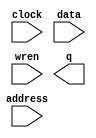
// megafunction wizard: %RAM: 1-PORT%VBB%
// GENERATION: STANDARD
// VERSION: WM1.0
// MODULE: altsyncram 

// ============================================================
// Megafunction Name(s):
// 			altsyncram
//
// Simulation Library Files(s):
// 			altera_mf
// ============================================================
// ************************************************************
// THIS IS A WIZARD-GENERATED FILE. DO NOT EDIT THIS FILE!
//
// 8.1 Build 163 10/28/2008 SJ Web Edition
// ************************************************************

//Copyright (C) 1991-2008 Altera Corporation
//Your use of Altera Corporation's design tools, logic functions 
//and other software and tools, and its AMPP partner logic 
//functions, and any output files from any of the foregoing 
//(including device programming or simulation files), and any 
//associated documentation or information are expressly subject 
//to the terms and conditions of the Altera Program License 
//Subscription Agreement, Altera MegaCore Function License 
//Agreement, or other applicable license agreement, including, 
//without limitation, that your use is for the sole purpose of 
//programming logic devices manufactured by Altera and sold by 
//Altera or its authorized distributors.  Please refer to the 
//applicable agreement for further details.

module data_memory_aangemaakt (
	address,
	clock,
	data,
	wren,
	q);

	input	[7:0]  address;
	input	  clock;
	input	[63:0]  data;
	input	  wren;
	output	[63:0]  q;

endmodule

// ============================================================
// CNX file retrieval info
// ============================================================
// Retrieval info: PRIVATE: ADDRESSSTALL_A NUMERIC "0"
// Retrieval info: PRIVATE: AclrAddr NUMERIC "0"
// Retrieval info: PRIVATE: AclrByte NUMERIC "0"
// Retrieval info: PRIVATE: AclrData NUMERIC "0"
// Retrieval info: PRIVATE: AclrOutput NUMERIC "0"
// Retrieval info: PRIVATE: BYTE_ENABLE NUMERIC "0"
// Retrieval info: PRIVATE: BYTE_SIZE NUMERIC "8"
// Retrieval info: PRIVATE: BlankMemory NUMERIC "0"
// Retrieval info: PRIVATE: CLOCK_ENABLE_INPUT_A NUMERIC "0"
// Retrieval info: PRIVATE: CLOCK_ENABLE_OUTPUT_A NUMERIC "0"
// Retrieval info: PRIVATE: Clken NUMERIC "0"
// Retrieval info: PRIVATE: DataBusSeparated NUMERIC "1"
// Retrieval info: PRIVATE: IMPLEMENT_IN_LES NUMERIC "0"
// Retrieval info: PRIVATE: INIT_FILE_LAYOUT STRING "PORT_A"
// Retrieval info: PRIVATE: INIT_TO_SIM_X NUMERIC "0"
// Retrieval info: PRIVATE: INTENDED_DEVICE_FAMILY STRING "Cyclone II"
// Retrieval info: PRIVATE: JTAG_ENABLED NUMERIC "1"
// Retrieval info: PRIVATE: JTAG_ID STRING "DATA"
// Retrieval info: PRIVATE: MAXIMUM_DEPTH NUMERIC "0"
// Retrieval info: PRIVATE: MIFfilename STRING "data.mif"
// Retrieval info: PRIVATE: NUMWORDS_A NUMERIC "256"
// Retrieval info: PRIVATE: RAM_BLOCK_TYPE NUMERIC "0"
// Retrieval info: PRIVATE: READ_DURING_WRITE_MODE_PORT_A NUMERIC "3"
// Retrieval info: PRIVATE: RegAddr NUMERIC "1"
// Retrieval info: PRIVATE: RegData NUMERIC "1"
// Retrieval info: PRIVATE: RegOutput NUMERIC "0"
// Retrieval info: PRIVATE: SYNTH_WRAPPER_GEN_POSTFIX STRING "0"
// Retrieval info: PRIVATE: SingleClock NUMERIC "1"
// Retrieval info: PRIVATE: UseDQRAM NUMERIC "1"
// Retrieval info: PRIVATE: WRCONTROL_ACLR_A NUMERIC "0"
// Retrieval info: PRIVATE: WidthAddr NUMERIC "8"
// Retrieval info: PRIVATE: WidthData NUMERIC "64"
// Retrieval info: PRIVATE: rden NUMERIC "0"
// Retrieval info: CONSTANT: CLOCK_ENABLE_INPUT_A STRING "BYPASS"
// Retrieval info: CONSTANT: CLOCK_ENABLE_OUTPUT_A STRING "BYPASS"
// Retrieval info: CONSTANT: INIT_FILE STRING "data.mif"
// Retrieval info: CONSTANT: INTENDED_DEVICE_FAMILY STRING "Cyclone II"
// Retrieval info: CONSTANT: LPM_HINT STRING "ENABLE_RUNTIME_MOD=YES,INSTANCE_NAME=DATA"
// Retrieval info: CONSTANT: LPM_TYPE STRING "altsyncram"
// Retrieval info: CONSTANT: NUMWORDS_A NUMERIC "256"
// Retrieval info: CONSTANT: OPERATION_MODE STRING "SINGLE_PORT"
// Retrieval info: CONSTANT: OUTDATA_ACLR_A STRING "NONE"
// Retrieval info: CONSTANT: OUTDATA_REG_A STRING "UNREGISTERED"
// Retrieval info: CONSTANT: POWER_UP_UNINITIALIZED STRING "FALSE"
// Retrieval info: CONSTANT: WIDTHAD_A NUMERIC "8"
// Retrieval info: CONSTANT: WIDTH_A NUMERIC "64"
// Retrieval info: CONSTANT: WIDTH_BYTEENA_A NUMERIC "1"
// Retrieval info: USED_PORT: address 0 0 8 0 INPUT NODEFVAL address[7..0]
// Retrieval info: USED_PORT: clock 0 0 0 0 INPUT NODEFVAL clock
// Retrieval info: USED_PORT: data 0 0 64 0 INPUT NODEFVAL data[63..0]
// Retrieval info: USED_PORT: q 0 0 64 0 OUTPUT NODEFVAL q[63..0]
// Retrieval info: USED_PORT: wren 0 0 0 0 INPUT NODEFVAL wren
// Retrieval info: CONNECT: @address_a 0 0 8 0 address 0 0 8 0
// Retrieval info: CONNECT: q 0 0 64 0 @q_a 0 0 64 0
// Retrieval info: CONNECT: @clock0 0 0 0 0 clock 0 0 0 0
// Retrieval info: CONNECT: @data_a 0 0 64 0 data 0 0 64 0
// Retrieval info: CONNECT: @wren_a 0 0 0 0 wren 0 0 0 0
// Retrieval info: LIBRARY: altera_mf altera_mf.altera_mf_components.all
// Retrieval info: GEN_FILE: TYPE_NORMAL data_memory_aangemaakt.v TRUE
// Retrieval info: GEN_FILE: TYPE_NORMAL data_memory_aangemaakt.inc FALSE
// Retrieval info: GEN_FILE: TYPE_NORMAL data_memory_aangemaakt.cmp FALSE
// Retrieval info: GEN_FILE: TYPE_NORMAL data_memory_aangemaakt.bsf TRUE
// Retrieval info: GEN_FILE: TYPE_NORMAL data_memory_aangemaakt_inst.v FALSE
// Retrieval info: GEN_FILE: TYPE_NORMAL data_memory_aangemaakt_bb.v TRUE
// Retrieval info: GEN_FILE: TYPE_NORMAL data_memory_aangemaakt_waveforms.html TRUE
// Retrieval info: GEN_FILE: TYPE_NORMAL data_memory_aangemaakt_wave*.jpg FALSE
// Retrieval info: LIB_FILE: altera_mf